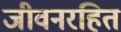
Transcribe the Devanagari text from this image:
जीवनरहित